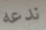
ندعه